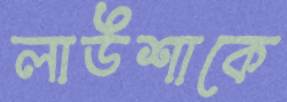
লাউশাকে